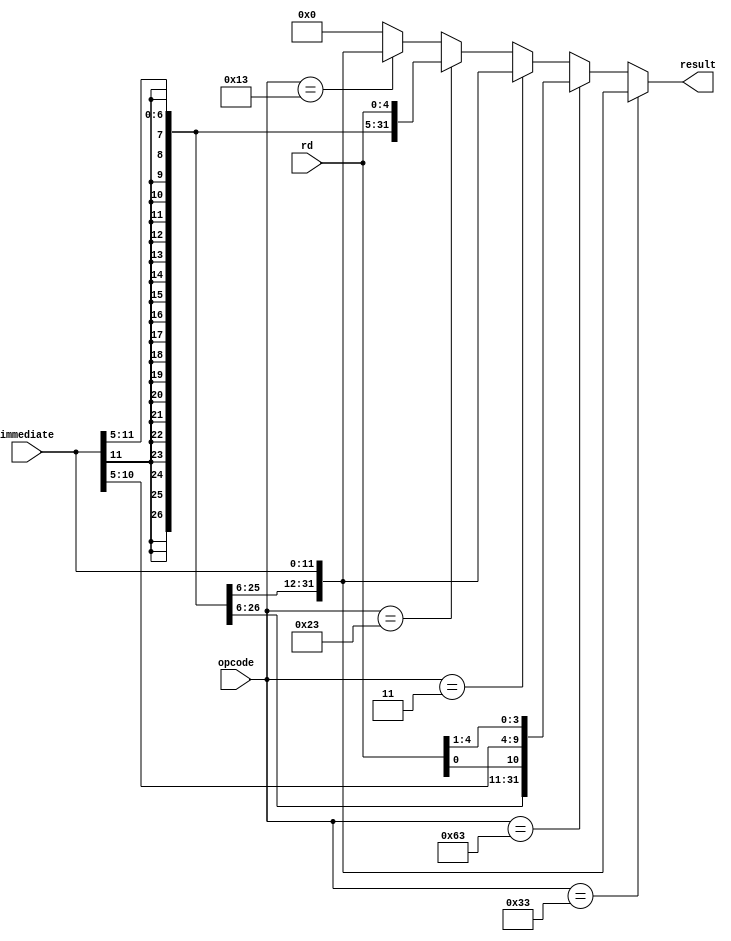
module SignExtendModule(
	input [11:0]immediate,
	input [4:0]rd,
	input [6:0]opcode,
	
	output reg[31:0] result
);
	 
	always @(*) begin
		if (opcode == 7'b0110011) //R-type
			result = {{20{immediate[11]}}, immediate[11:0]};
		else if (opcode == 7'b1100011) //Branch
			result = {{20{immediate[11]}}, immediate[11], rd[0], immediate[10:5], rd[4:1]};
		else if (opcode == 7'b0000011) //Load
			result = {{20{immediate[11]}}, immediate[11:0]};
		else if (opcode == 7'b0100011) //Store
			result = {{20{immediate[11]}}, immediate[11:5], rd};
		else if (opcode == 7'b0010011) //Immediate
			result = {{20{immediate[11]}}, immediate[11:0]};
		else //Default
			result = 0;
	end

endmodule